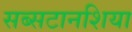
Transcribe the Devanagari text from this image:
सब्सटानशिया